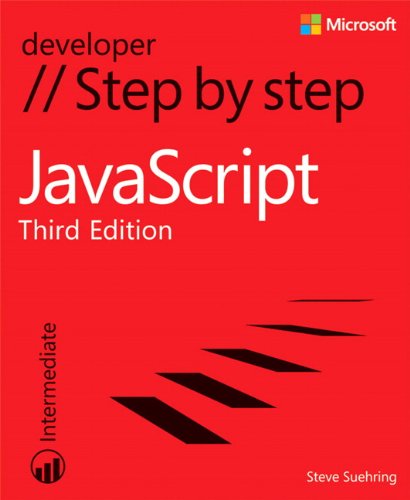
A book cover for JavaScript Step by Step (3rd Edition) (Step by Step Developer); Steve Suehring; Computers & Technology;